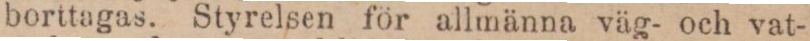
borttagas. Styrelsen för allmänna väg- och vat-